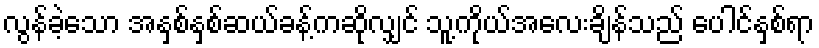
လွန်ခဲ့သော အနှစ်နှစ်ဆယ်ခန့်ကဆိုလျှင် သူ့ကိုယ်အလေးချိန်သည် ပေါင်နှစ်ရာ